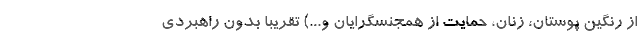
از رنگین پوستان، زنان، حمایت از همجنسگرایان و...) تقریباً بدون راهبردی